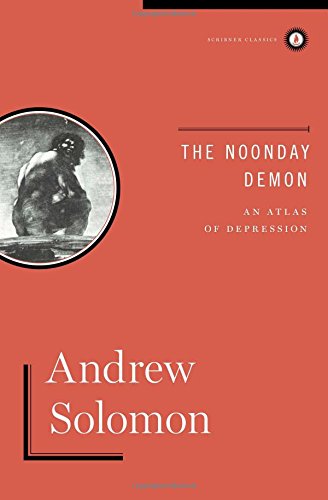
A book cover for The Noonday Demon: An Atlas Of Depression; Andrew Solomon; Health, Fitness & Dieting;